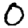
Digit: 0